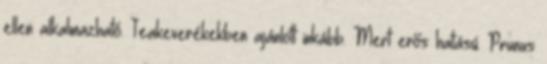
ellen alkalmazható. Teakeverékekben ajánlott inkább. Mert erős hatású. Prunus